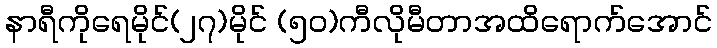
နာရီကိုရေမိုင်(၂၇)မိုင် (၅၀)ကီလိုမီတာအထိရောက်အောင်